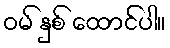
ဝမ် နှစ် ထောင်ပါ။